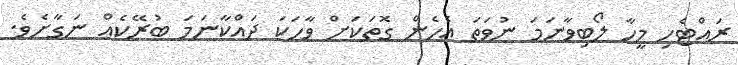
ރައްޓެހި މީހާ ލޯބިވާނަމަ ނުވަތަ އެހެން ގޮތަކަށް ވާހަކަ ދައްކާނަމަ ބުރޭކެއް ނަގާށެވެ.